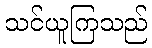
သင်ယူကြသည်